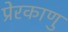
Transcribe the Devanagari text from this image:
प्रेरकाणु